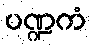
ပဏ္ဍကံ